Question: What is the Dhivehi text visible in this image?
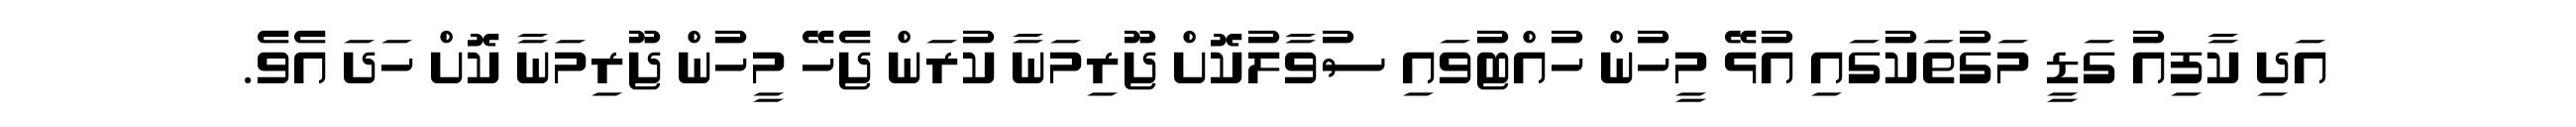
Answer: އަދި ކާފިއު ގަޑީ މަގުތަކުގައި އުޅޭ މީހުން ހުއްޓުވައި ސުވާލުކޮށް ޖޫރިމަނާ ކުރަން ޖެހޭ މީހުން ޖޫރިމަނާ ކޮށް ހަދަ އެވެ.